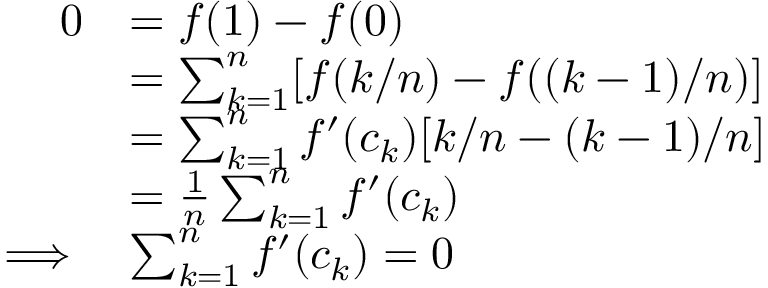
\begin{array} { r l } { 0 } & { = f ( 1 ) - f ( 0 ) } \\ & { = \sum _ { k = 1 } ^ { n } [ f ( k / n ) - f ( ( k - 1 ) / n ) ] } \\ & { = \sum _ { k = 1 } ^ { n } f ^ { \prime } ( c _ { k } ) [ k / n - ( k - 1 ) / n ] } \\ & { = \frac 1 { n } \sum _ { k = 1 } ^ { n } f ^ { \prime } ( c _ { k } ) } \\ { \implies } & { \sum _ { k = 1 } ^ { n } f ^ { \prime } ( c _ { k } ) = 0 } \end{array}